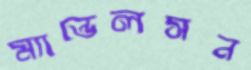
ম্যান্ডেলসন